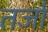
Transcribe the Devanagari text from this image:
तर्जा